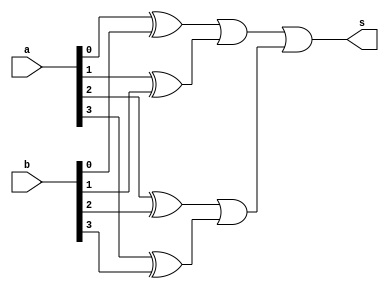
// ------------------------- 
// Exemplo0021 - FULL ADDER 
// Nome: Gabriel Benjamim de Carvalho 
// ------------------------- 
// ------------------------- 

module compa (output s,
input [3:0] a, 
input [3:0] b); 

wire p1,p2,p3,p4,p5,p6;


xor xor1 (p1, a[0], b[0]);
xor xor2 (p2, a[1], b[1]);
xor xor3 (p3, a[2], b[2]);
xor xor4 (p4, a[3], b[3]);
or or1 (p5, p1, p2);
or or2 (p6, p3, p4);
or or3 (s, p5, p6);
 
endmodule // 

module test_compa; 
// ------------------------- definir dados 
reg [3:0] x; 
reg [3:0] y; 
wire s; 

compa s1 (s, x, y);
// ------------------------- parte principal 
initial begin 
$display("Exemplo0024 - Gabriel Benjamim de Carvalho - 396690"); 
$display("Test ALU's comparator"); 
x = 3'b110; y = 3'b111;
#1 $display("%3b + %3b = %4b", x, y, s);  
x = 3'b111; y = 3'b111;
#1 $display("%3b + %3b = %4b", x, y, s);  
end 
endmodule